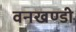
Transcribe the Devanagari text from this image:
वनखण्डी